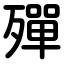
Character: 殫